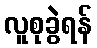
လူစုခွဲရန်